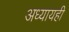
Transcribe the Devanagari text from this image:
अध्यायही